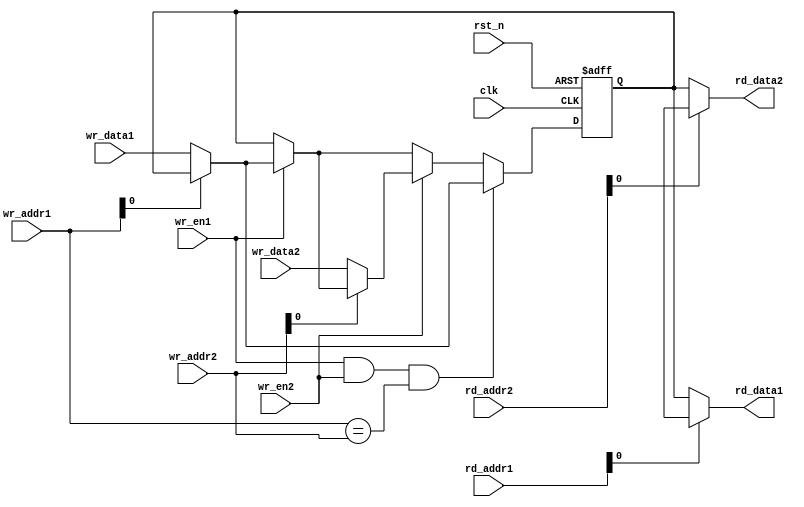
`timescale 1ns / 1ps


module register_file(wr_data1,wr_en1,wr_addr1,wr_data2,wr_en2,wr_addr2,rd_data1,rd_addr1,rd_data2,rd_addr2,clk,rst_n);
    parameter W=1;
    parameter N=1; //number of register in rf
    parameter A=$clog2(N);
    input [W-1:0] wr_data1;
    input [A-1:0] wr_addr1;
    input wr_en1;
    input [W-1:0] wr_data2;
    input [A-1:0] wr_addr2;
    input wr_en2;
    input clk;
    input rst_n;
    input [A-1:0] rd_addr1;    
    input [A-1:0] rd_addr2;
    output [W-1:0] rd_data1;
    output [W-1:0] rd_data2;

    reg [W-1:0] reg_array [N-1:0];
    integer i;
    /*
    always @ (posedge clk or negedge rst_n)
    begin
        if(rst_n)
        begin
            
        end
        else
        begin
            rd_data1 <= 0; //make combinational
            rd_data2 <= 0;
        end
    end
    */
    assign rd_data1 = reg_array[rd_addr1];
    assign rd_data2 = reg_array[rd_addr2];
    
    always @ (posedge clk or negedge rst_n)
    begin
        if(~rst_n) //clear reg_array
        begin
            for(i=0;i<N;i=i+1)
            begin
                reg_array[i] <= 0;
            end
        end
        
        else //write data
        begin
            if(wr_en1 & wr_en2 & (wr_addr1==wr_addr2))
            begin
                //mux([wr_data1,wr_data2],0,resultingdata)
                reg_array[wr_addr1] <= wr_data1;
            end
            else
            begin
                if(wr_en1)
                begin
                    reg_array[wr_addr1] <= wr_data1;
                end
                if(wr_en2)
                begin
                    reg_array[wr_addr2] <= wr_data2;
                end
            end
        end  
    end
endmodule